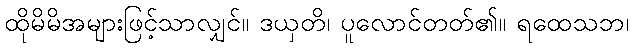
ထိုမိမိအများဖြင့်သာလျှင်။ ဒယှတိ၊ ပူလောင်တတ်၏။ ရထေသဘ၊